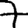
Digit: 7